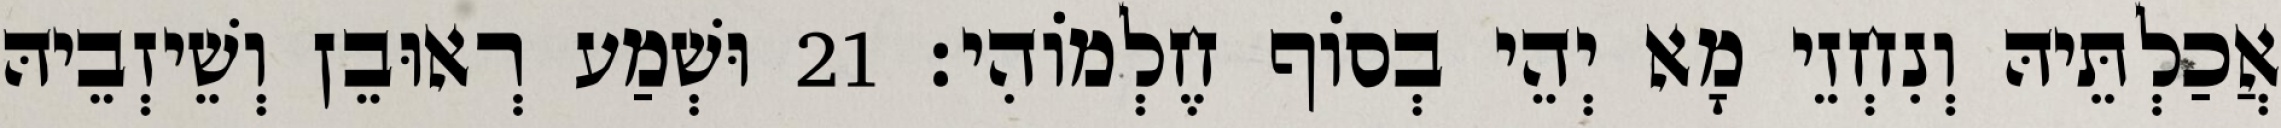
אֲכַלְתֵּיהּ וְנִחְזֵי מָא יְהֵי בְסוֹף חֶלְמוֹהִי׃ 21 וּשְׁמַע רְאוּבֵן וְשֵׁיזְבֵיהּ